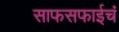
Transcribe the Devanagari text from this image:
साफसफाईचं